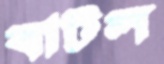
বাটল